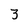
Character: 3